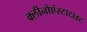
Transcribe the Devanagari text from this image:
क्लीनोएंस्टाटाइट